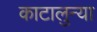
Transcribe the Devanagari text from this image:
काटालुन्या